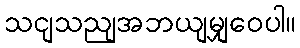
သငျသညျအဘယျမျှဝေပါ။